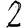
Digit: 2